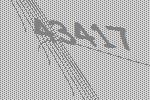
43417